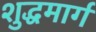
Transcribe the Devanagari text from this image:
शुद्धमार्ग